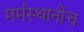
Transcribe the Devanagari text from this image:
मर्मस्थानीच